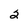
Character: 2